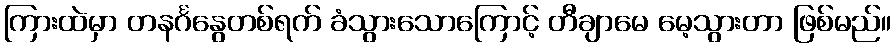
ကြားထဲမှာ တနင်္ဂနွေတစ်ရက် ခံသွားသောကြောင့် တီချာမေ မေ့သွားတာ ဖြစ်မည်။